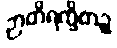
ဉာတိရက္ခိတဉ္စ